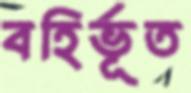
বহির্ভূত